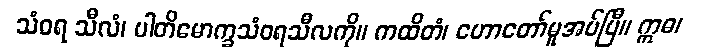
သံဝရ သီလံ၊ ပါတိမောက္ခသံဝရသီလကို။ ကထိတံ၊ ဟောတော်မူအပ်ပြီ။ ဣဓ၊